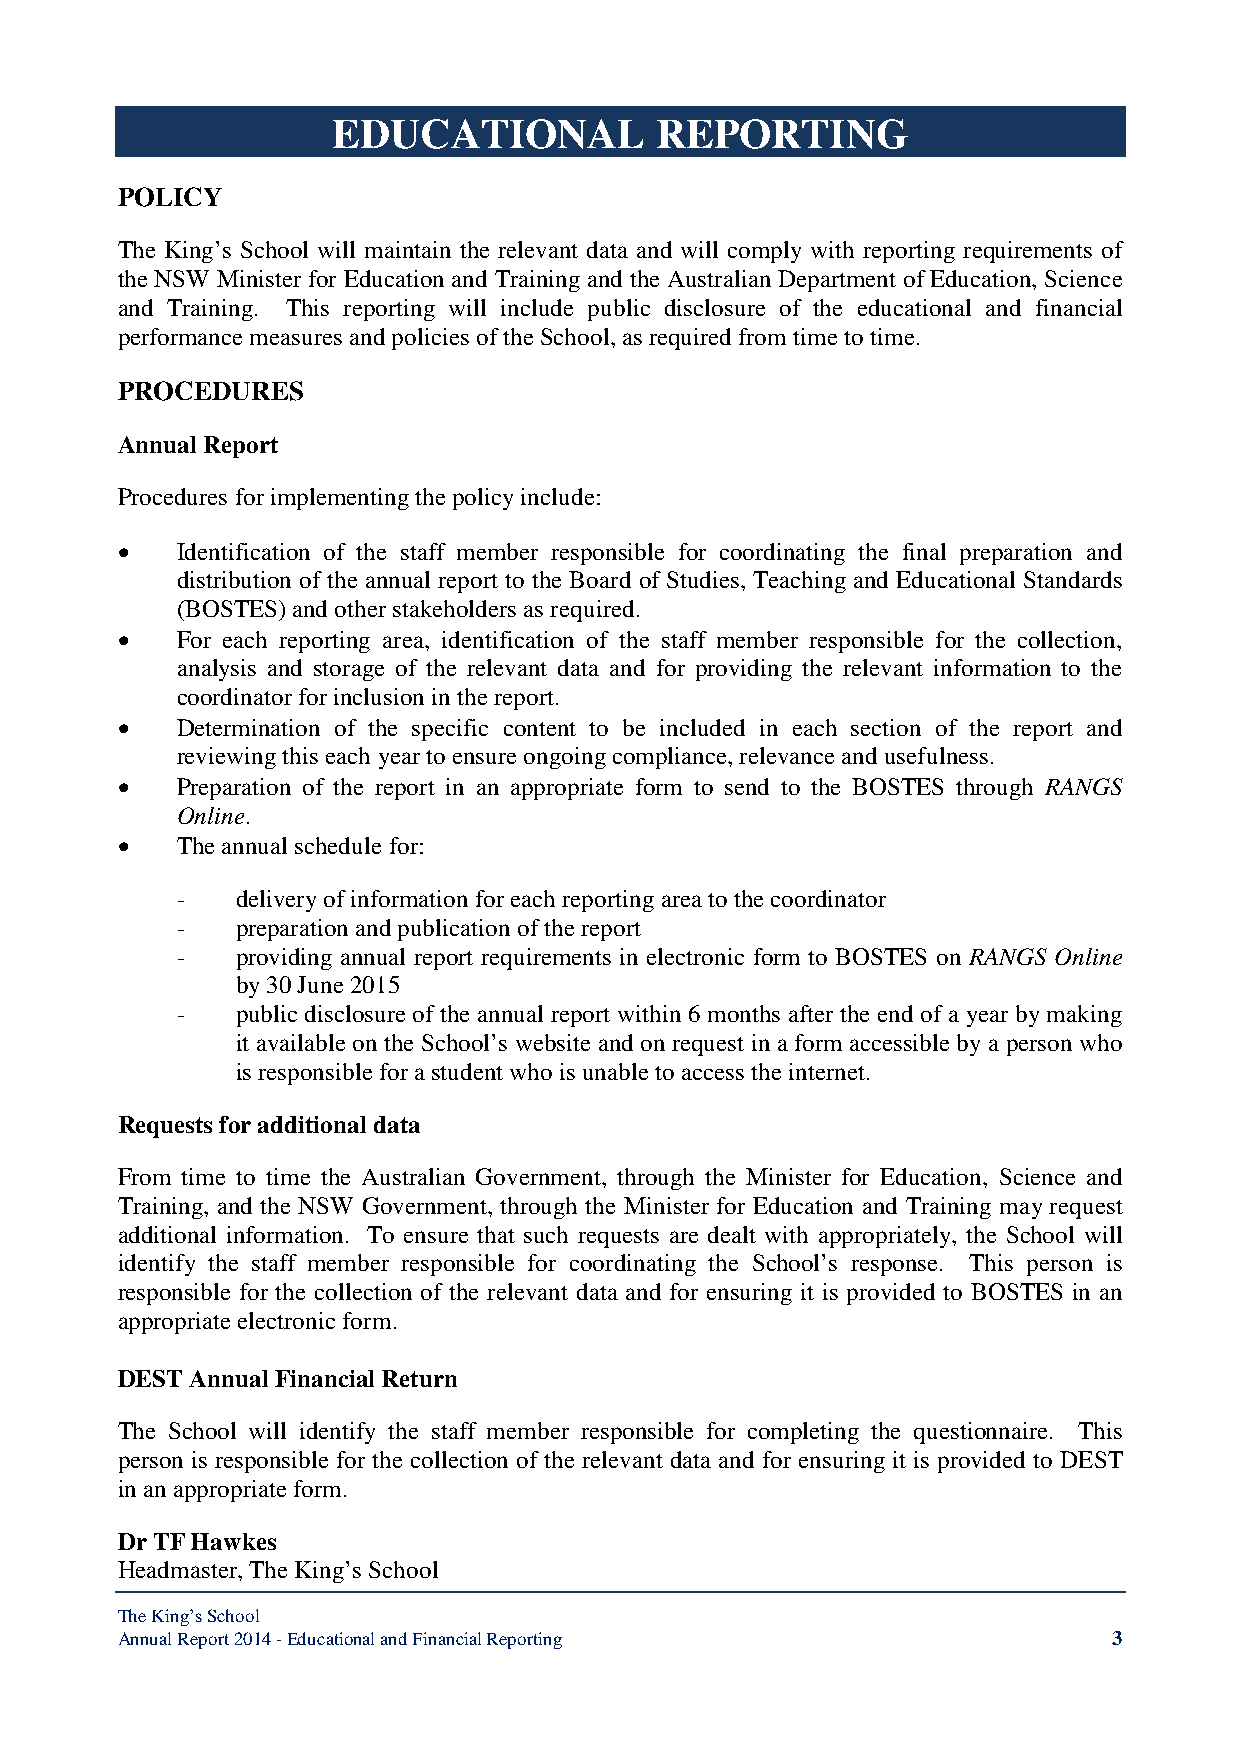
EDUCATIONAL          REPORTING
 POLICY
 The King’s School will maintain the relevant data and will comply with reporting requirements of
 the NSW Minister for Education and Training and the Australian Department of Education, Science
 and Training. This reporting will include public disclosure of the educational and financial
 performance measures and policies of the School, as required from time to time.
 PROCEDURES
 Annual Report
 Procedures for implementing the policy include:
 •   Identification of the staff member responsible for coordinating the final preparation and
 distribution of the annual report to the Board of Studies, Teaching and Educational Standards
 (BOSTES) and other stakeholders as required.
 •   For each reporting area, identification of the staff member responsible for the collection,
 analysis and storage of the relevant data and for providing the relevant information to the
 coordinator for inclusion in the report.
 •   Determination of the specific content to be included in each section of the report and
 reviewing this each year to ensure ongoing compliance, relevance and usefulness.
 •   Preparation of the report in an appropriate form to send to the BOSTES through RANGS
 Online.
 •   The annual schedule for:
 -   delivery of information for each reporting area to the coordinator
 -   preparation and publication of the report
 -   providing annual report requirements in electronic form to BOSTES on RANGS Online
 by 30 June 2015
 -   public disclosure of the annual report within 6 months after the end of a year by making
 it available on the School’s website and on request in a form accessible by a person who
 is responsible for a student who is unable to access the internet.
 Requests for additional data
 From time to time the Australian Government, through the Minister for Education, Science and
 Training, and the NSW Government, through the Minister for Education and Training may request
 additional information. To ensure that such requests are dealt with appropriately, the School will
 identify the staff member responsible for coordinating the School’s response. This person is
 responsible for the collection of the relevant data and for ensuring it is provided to BOSTES in an
 appropriate electronic form.
 DEST Annual Financial Return
 The School will identify the staff member responsible for completing the questionnaire. This
 person is responsible for the collection of the relevant data and for ensuring it is provided to DEST
 in an appropriate form.
 Dr TF Hawkes
 Headmaster, The King’s School
 The King’s School
 Annual Report 2014 - Educational and Financial Reporting          3